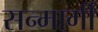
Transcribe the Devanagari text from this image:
सन्मार्गी